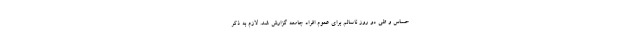
حساس و طی دو روز ناسالم برای عموم افراد جامعه گزارش شد. لازم به ذکر